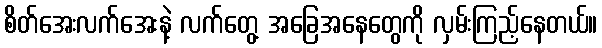
စိတ်အေးလက်အေးနဲ့ လက်တွေ့ အခြေအနေတွေကို လှမ်းကြည့်နေတယ်။